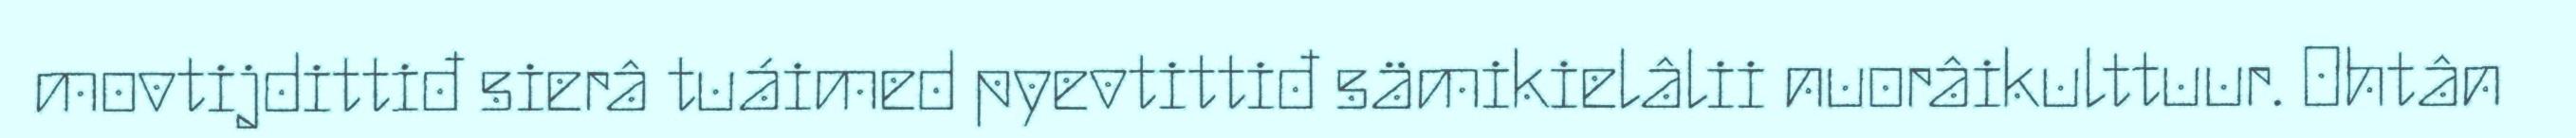
movtijdittiđ sierâ tuáimed pyevtittiđ sämikielâlii nuorâikulttuur. Ohtân